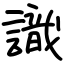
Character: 識